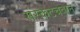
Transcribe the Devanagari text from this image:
संस्केटचेवान